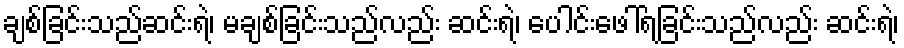
ချစ်ခြင်းသည်ဆင်းရဲ၊ မချစ်ခြင်းသည်လည်း ဆင်းရဲ၊ ပေါင်းဖေါ်ရခြင်းသည်လည်း ဆင်းရဲ၊